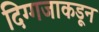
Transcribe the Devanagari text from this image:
दिग्गजाकडून